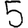
Digit: 5